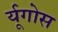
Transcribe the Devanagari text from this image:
र्यूगोस